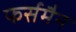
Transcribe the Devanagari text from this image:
फर्समैन